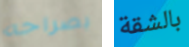
بصراحه بالشقة